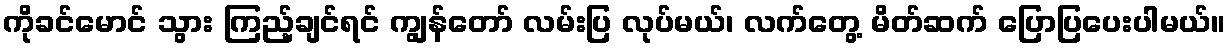
ကိုခင်မောင် သွား ကြည့်ချင်ရင် ကျွန်တော် လမ်းပြ လုပ်မယ်၊ လက်တွေ့ မိတ်ဆက် ပြောပြပေးပါမယ်။